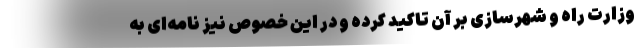
وزارت راه و شهرسازی بر آن تاکید کرده و در این خصوص نیز نامه‌ای به